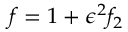
f = 1 + \epsilon ^ { 2 } f _ { 2 }